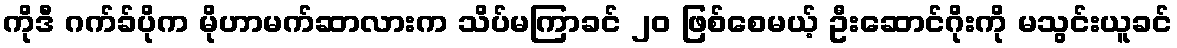
ကိုဒီ ဂက်ခ်ပိုက မိုဟာမက်ဆာလားက သိပ်မကြာခင် ၂၀ ဖြစ်စေမယ့် ဦးဆောင်ဂိုးကို မသွင်းယူခင်